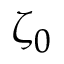
\zeta _ { 0 }